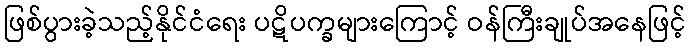
ဖြစ်ပွားခဲ့သည့်နိုင်ငံရေး ပဋိပက္ခများကြောင့် ဝန်ကြီးချုပ်အနေဖြင့်